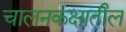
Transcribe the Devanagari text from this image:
चालनकक्षातील